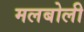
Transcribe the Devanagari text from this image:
मलबोली